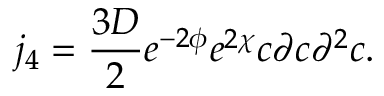
j _ { 4 } = \frac { 3 D } { 2 } e ^ { - 2 \phi } e ^ { 2 \chi } c \partial c { \partial } ^ { 2 } c .